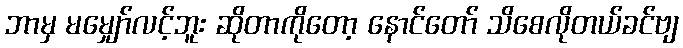
ဘာမှ မမျှော်လင့်ဘူး ဆိုတာကိုတော့ နောင်တော် သိစေလိုတယ်ခင်ဗျ